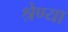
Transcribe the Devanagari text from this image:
श्रेण्या